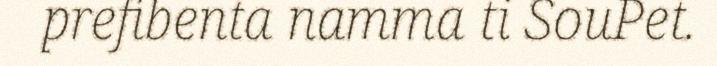
prefibenta namma ti SouPet.